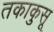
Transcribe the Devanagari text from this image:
तकाकुसू